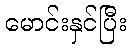
မောင်းနှင်ပြီး